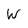
Character: W